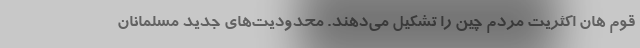
قوم هان اکثریت مردم چین را تشکیل می‌دهند. محدودیت‌های جدید مسلمانان